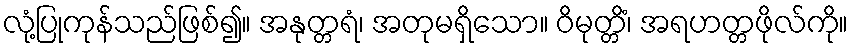
လုံ့ပြုကုန်သည်ဖြစ်၍။ အနုတ္တရံ၊ အတုမရှိသော။ ဝိမုတ္တိံ၊ အရဟတ္တဖိုလ်ကို။